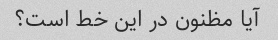
آیا مظنون در این خط است؟